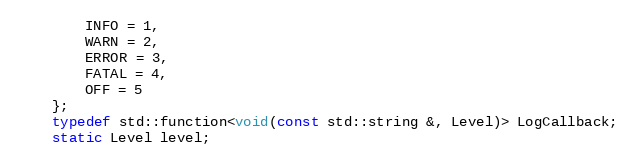
Language: C
        INFO = 1,
        WARN = 2,
        ERROR = 3,
        FATAL = 4,
        OFF = 5
    };
    typedef std::function<void(const std::string &, Level)> LogCallback;
    static Level level;